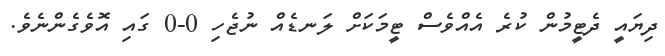
ދިޔައީ ދެޓީމުން ކުރެ އެއްވެސް ޓީމަކަށް ލަނޑެއް ނުޖެހި 0-0 ގައި އޮވެގެންނެވެ.